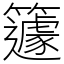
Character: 籧